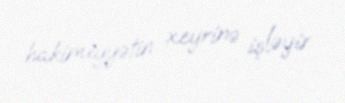
hakimiyyətin xeyrinə işləyir.